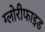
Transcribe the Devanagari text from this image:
ग्लोरीफाइड